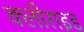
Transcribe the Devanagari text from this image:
क्लीराइड